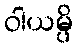
ဝါယမ္ပိ